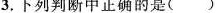
3.下列判断中正确的是()